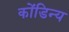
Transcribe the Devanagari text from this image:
कोंडिन्य